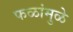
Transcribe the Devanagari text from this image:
फळांमुळे